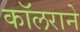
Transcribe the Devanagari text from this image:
कॉलराने